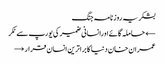
بشکریہ روزنامہ جنگ
← حاملہ گائےاورانسانی ضمیر کی یورپ سے ٹکر
عمران خان دنیا کا براترین انسان قرار →